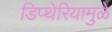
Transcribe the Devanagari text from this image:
डिप्थेरियामुळे